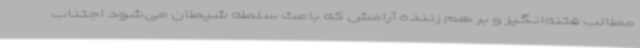
مطالب فتنه‌انگیز و بر هم زننده آرامش که باعث سلطه شیطان می‌شود اجتناب